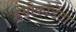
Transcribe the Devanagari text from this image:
हेमीकोर्डेटा